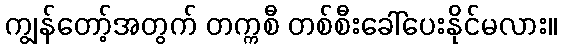
ကျွန်တော့်အတွက် တက္ကစီ တစ်စီးခေါ်ပေးနိုင်မလား။